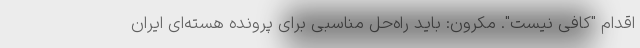
اقدام "کافی نیست". مکرون: باید راه‌حل مناسبی برای پرونده هسته‌ای ایران